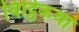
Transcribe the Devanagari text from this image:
विट्ठिकथा